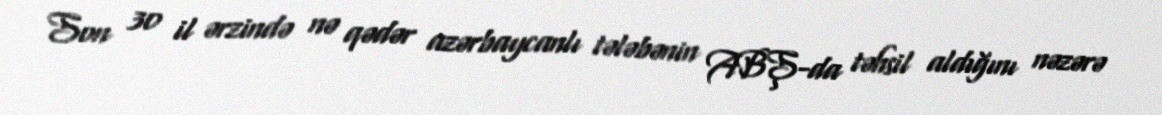
Son 30 il ərzində nə qədər azərbaycanlı tələbənin ABŞ-da təhsil aldığını nəzərə